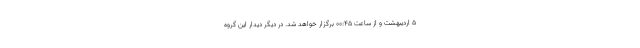
۵ اردیبهشت و از ساعت ۰۰:۴۵ برگزار خواهد شد. در دیگر دیدار این گروه